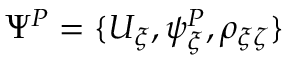
\Psi ^ { P } = \{ U _ { \xi } , \psi _ { \xi } ^ { P } , \rho _ { \xi \zeta } \}